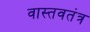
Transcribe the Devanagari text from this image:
वास्तवतंत्र